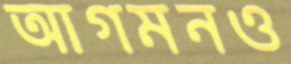
আগমনও